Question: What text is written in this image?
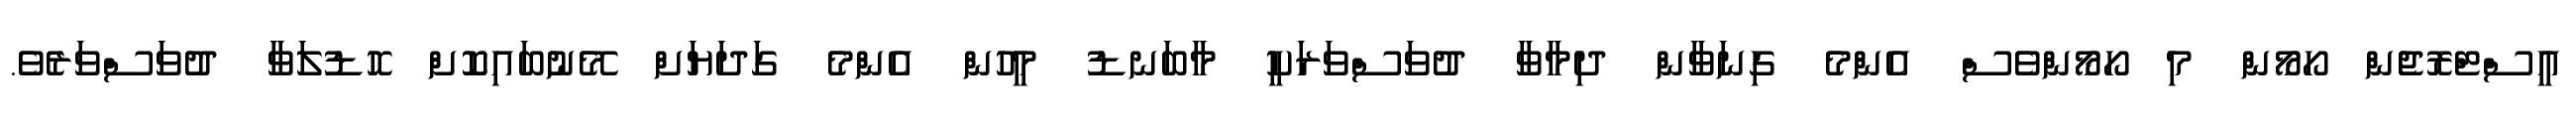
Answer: އީސްޓްރޮޖެން ހޯމޯން މި ހޯމޯންވެސް އެންމެ ގިނަވާން ދިމާވާ ދުވަސްވަރަކީ މާބަނޑު މީހުން އެންމެ ގަދަޔަށް މޭނުބައިކޮށް ހޮޑުލަވާ ދުވަސްވަރެވެ.